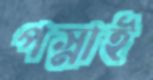
পস্নাই